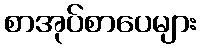
စာအုပ်စာပေများ